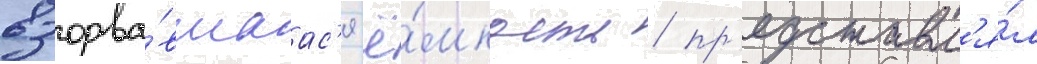
взорва́вшаас'я ё́мкость / пр'едставл'я́л